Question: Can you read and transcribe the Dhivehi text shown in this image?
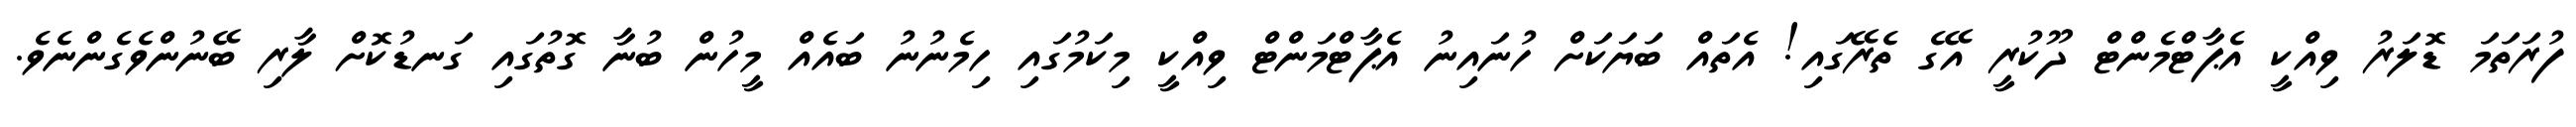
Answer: ފުރަތަމަ ޑޮލަރު ވިއްކީ އެޕާޓްމެންޓް ދޫކުރީ އޭގެ ތެރޭގައި! އެތައް ބަޔަކަށް ހުނައިނު އެޕާޓްމަންޓް ވިއްކީ މިކަމުގައި ހިމެނުނު ބައެއް މީހުން ބުނާ ގޮތުގައި ގަނޑުކޮށް ލާރި ބޭނުންވެގެންނެވެ.